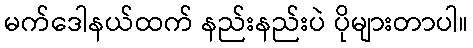
မက်ဒေါနယ်ထက် နည်းနည်းပဲ ပိုများတာပါ။